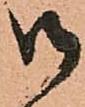
御